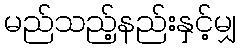
မည်သည့်နည်းနှင့်မျှ